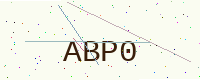
Text: ABP0